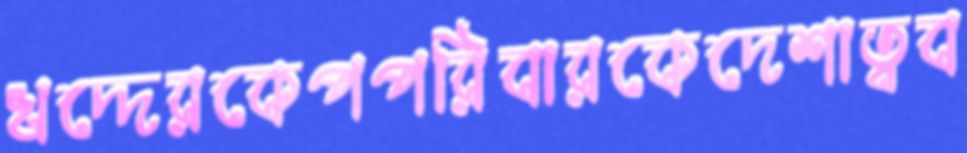
খদ্দেরকেপপরিবারকেদেশাত্বব